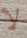
لا